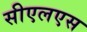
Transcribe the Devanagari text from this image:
सीएलएस